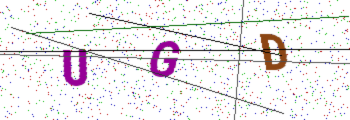
Text: UGD